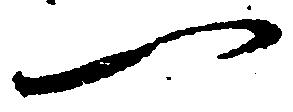
一